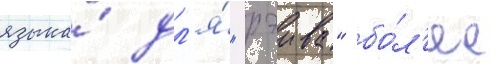
языка́ дл'я́ "рэива" бо́л'ее